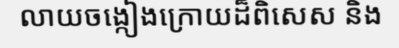
លាយចង្កៀងក្រោយដ៏ពិសេស និង